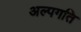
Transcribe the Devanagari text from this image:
अल्पगति